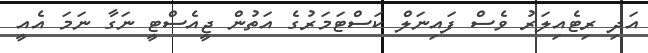
އަދި ރިޓެއިލަރު ވެސް ފައިނަލް ކަސްޓަމަރުގެ އަތުން ޖީއެސްޓީ ނަގާ ނަމަ އެއީ